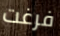
فرغت